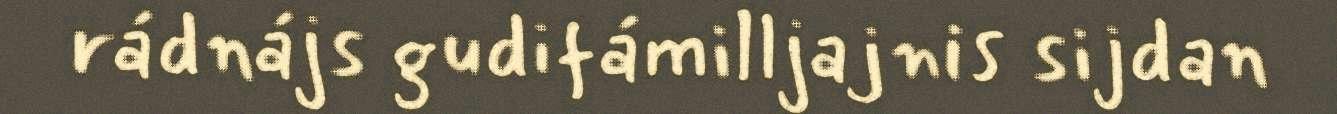
rádnájs gudifámilljajnis sijdan